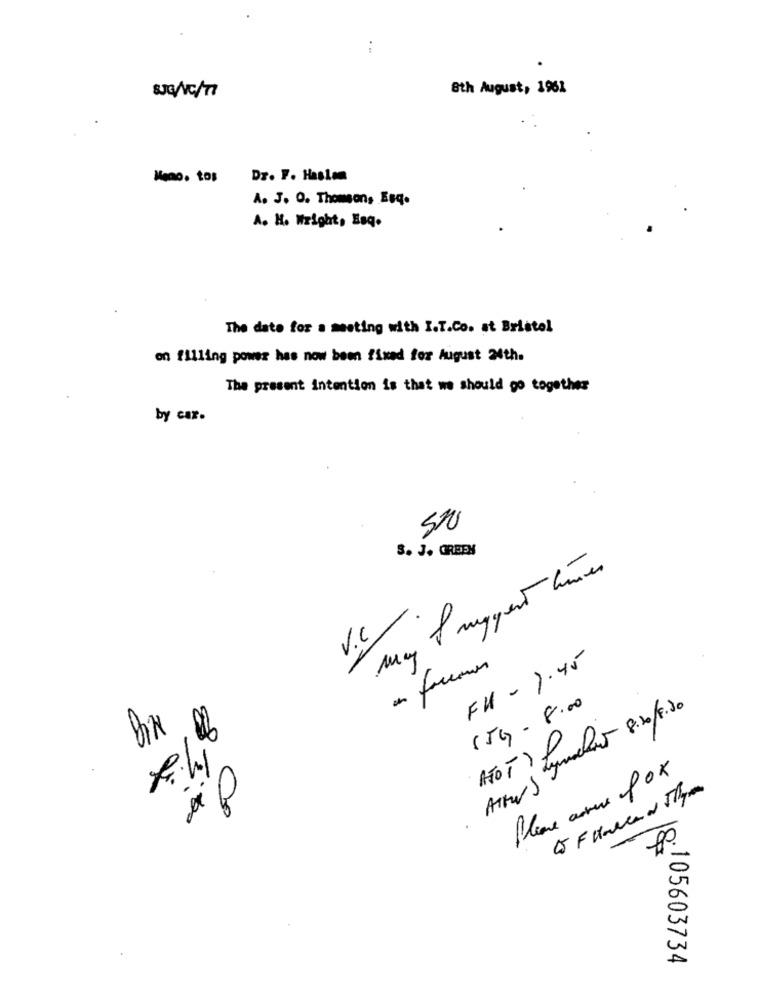
:
8th August, 1961
Meno. tos
Dr. F. Haskom
A. J. O. Thomson, Esq.
A. H. Wright, Hoq.
The date for a meeting with I.T.Co. at Bristol
on filling power has now been fixed for August With.
The present intention is that we should go together
by car.
5
3. J. GREEN
May I suggest times
V.C
FH - 7.45
154 - 8.00
ATOT) Lymelo 8.2019.20
Please avres fox
1-
$3:00
105603734